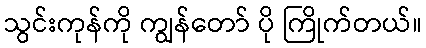
သွင်းကုန်ကို ကျွန်တော် ပို ကြိုက်တယ်။